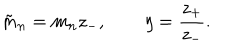
\tilde { m } _ { n } = m _ { n } z _ { - } , \quad \quad \eta = { \frac { z _ { + } } { z _ { - } } } .